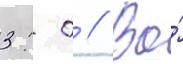
3: 0 // Во́